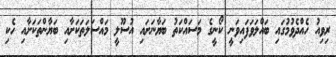
ރިވިއު ހެއްދެވުމުގައި ބައްލަވަފައިވަނީ ކޯނީގެ މަސައްކަތު ބަޔާނަށައި އުސޫލީ މައްސަލަތަކަށާއި ބަޔާންތަކަށާއި ހެކި